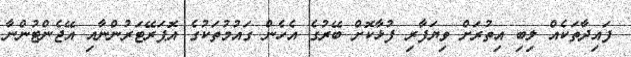
ފައިދާތަކެއް ލިބި އިތުރަށް ވިޔަފާރި ފުޅާކޮށް ބޭރުގެ އެހެން ގައުމުތަކުގެ އޮޕަރޭޓަރުންނާއި އޭޖެންޓުންނާ